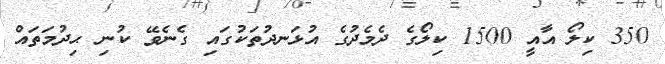
350 ކިލޯ އާއީ 1500 ކިލޯގެ ދެމެދުގެ އުޅަނދުތަކުގައި ގެނެވޭ ކުނި ޙިދުމަތައް